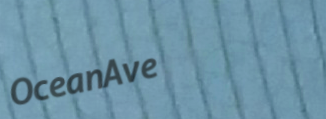
OceanAve